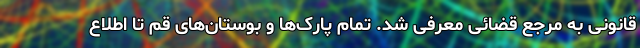
قانونی به مرجع قضائی معرفی شد. تمام پارک‌ها و بوستان‌های قم تا اطلاع